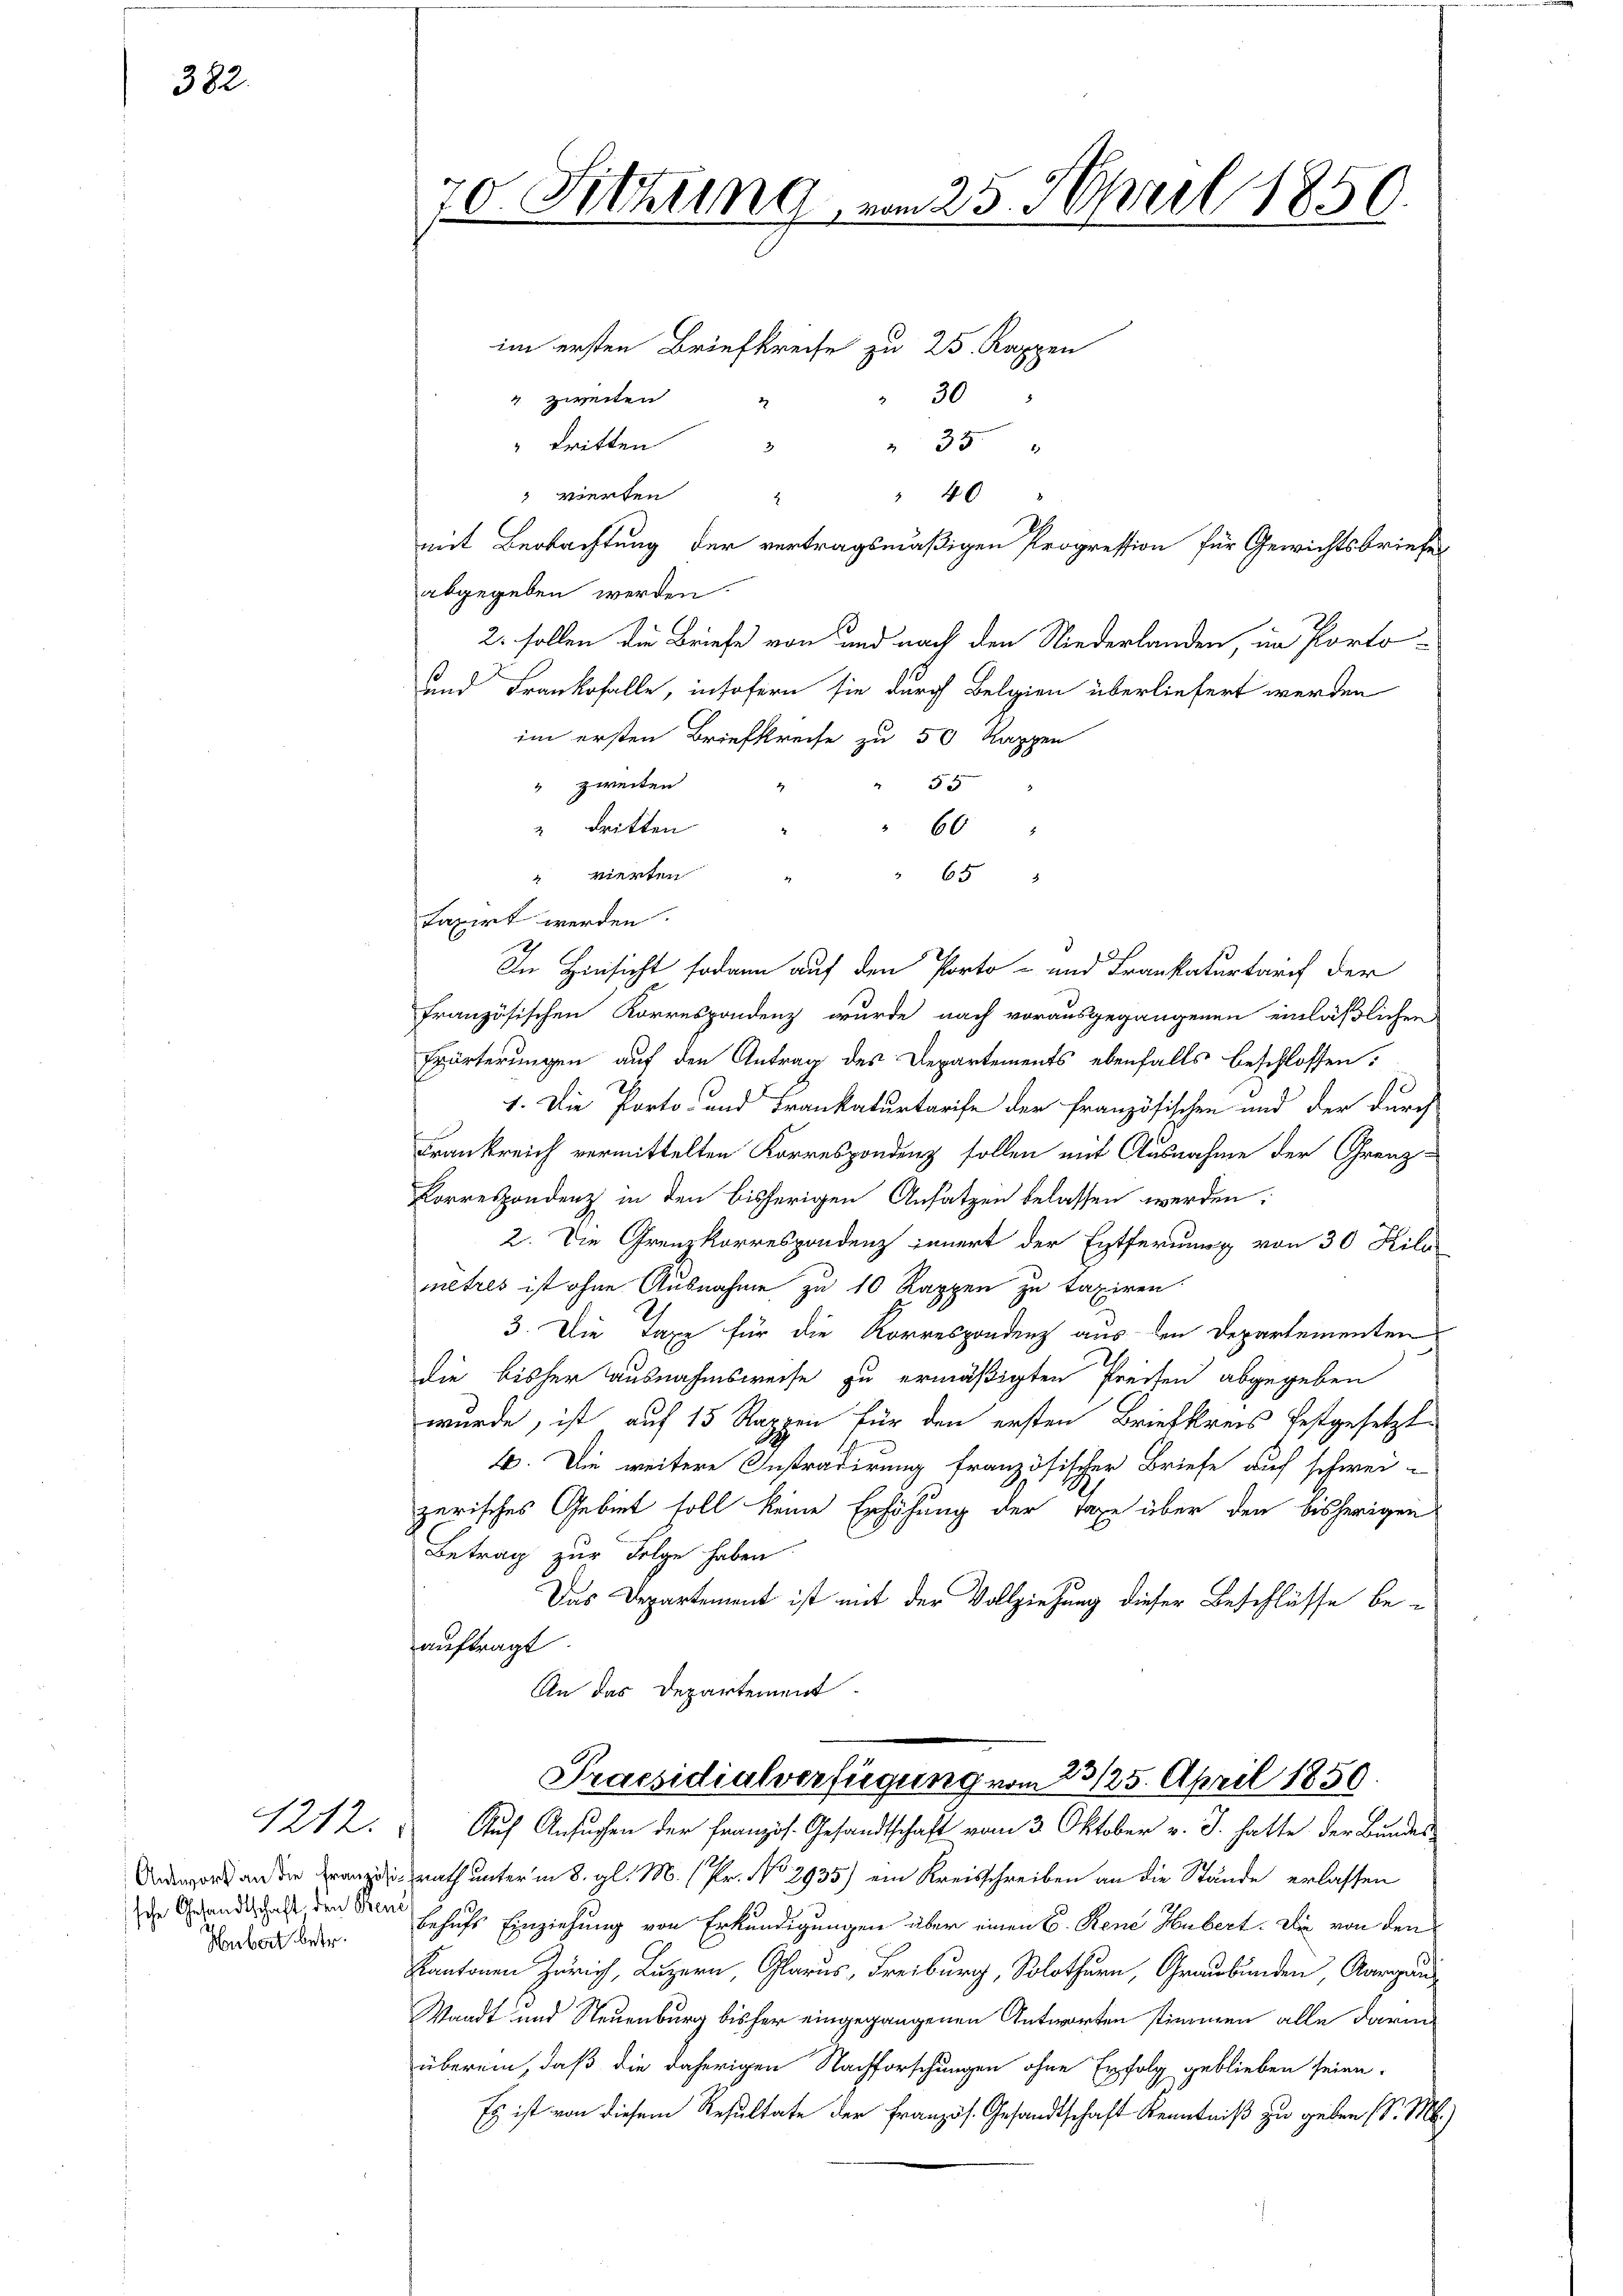
382.

Antwort an die Französische Gesandtschaft den Bene
Hubert betr.

1212.

mit Beobachtung der vertragsmäßigen Progression für Gewichtsbrief
abgegeben werden.
2. sollen die Briefe von und nach den Niederlanden, im Porto¬
und Frankofalle, insofern sie durch Belgien überliefert werden
im ersten Briefkreise zu 50 Kappen
" zweiten
53
2 dritten
60
" vierten
65
taxirt werden.
In Hinsicht sodann auf den Porto- und Frankaturtarif der
französischen Korrespondenz wurde nach vorausgegangenen einläßlichen
Eärterungen auf den Antrag des Departements ebenfalls beschlossen:
d
1. Die Porto- und Frankaturtarife der Französischen und der durch
Frankreich vermittelten Korrespondenz sollen mit Ausnahme der Grenz¬
Korrespondenz in den bisherigen Ansatzen belassen werden:
2. Die Grenzkorrespondenz innert der Entferung von 30 Kilo
metres ist ohne Ausnahme zu 10 Rappen zu taxiren.
3. Die Taxe für die Korrespondenz aus den Departementen
die bisher ausnahmsweise zu ermäßigten Preisen abgegeben
wurde, ist auf 15 Rappen für den ersten Briefkreis festgesetzt
4. Die weitere Instradirung französischer Briefe auf schwei-
zerisches Gebiet soll keine Erhöhung der Taxe über den bisherigen
Betrag zur Folge haben
Das Departement ist mit der Vollziehung dieser Beschlüsse be-
auftragt
An das Departement

70. Fittung vom 25. April 1850.

im ersten Briefkreise zu 25. Rappen
" zweiten
 30
" tritten
 35
3
 vierten
"40 "
2

Praesidialverfügung vom 23/25. April 1850
Auch Ansuchen der Französ. Gesandtschaft vom 3. Oktober v. J. hatte der Bundes-

rath unter in 8. gl. M. (Pr. No 2935) ein Kreisschreiben an die Stände erlassen
behufs Einziehung von Erkundigungen über einen B. Rene Hubert. Die von den
Kanton Zürich, Luzern, Glarus, Freiburg, Solothurn, Graubünden, Aargau
Waadt und Steuenburg bisher eingegangenen Antworten stimmen alle darin
überein, daß die daherigen Nachforschungen ohne Erfolg geblieben seien.
Es ist von diesem Resultate der Französ. Gesandtschaft Kenntniß zu geben (S. M.)